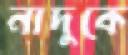
নাদুকে